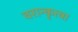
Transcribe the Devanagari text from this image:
वरान्कृत्वा